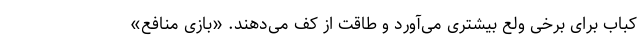
کباب برای برخی ولع بیشتری می‌آورد و طاقت از کف می‌دهند. «بازی منافع»